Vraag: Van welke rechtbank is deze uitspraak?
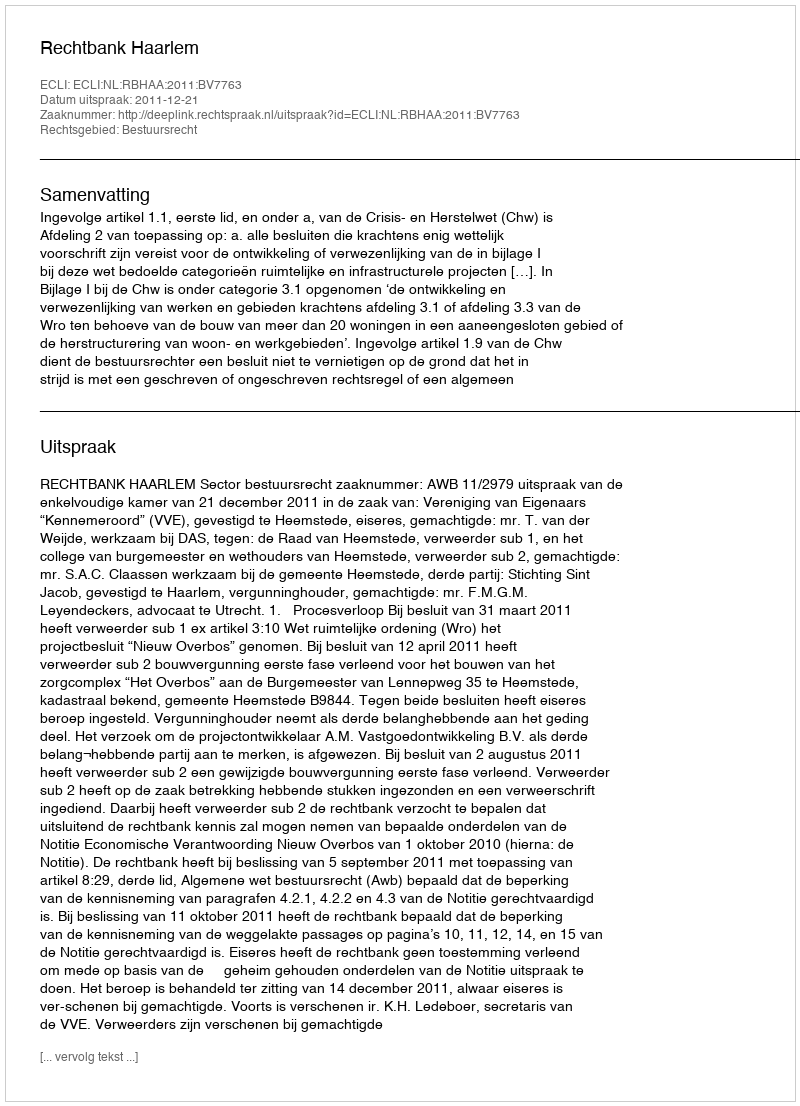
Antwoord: Rechtbank Haarlem